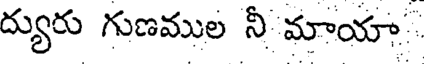
ద్యురు గుణముల నీ మాయా